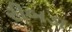
રીબડા